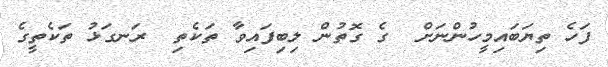
ފަހެ ތިޔަބައިމީހުންނަށް  ގެ ގޮތުން ލިބިފައިވާ ތަކެތި  ރަނގަޅު ތަކެތީގެ